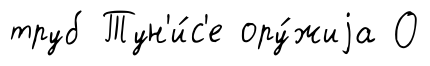
труб Тун'и́с'е ору́жиjа О